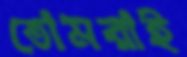
তোমরাই